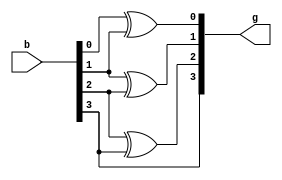
`timescale 1ns / 1ps

module binary_to_gray(b,g);
input [3:0] b; //b represented for binary code
output [3:0] g; //g represented for gray code

assign g[3] = b[3];
assign g[2] = b[2] ^ b[3];
assign g[1] = b[1] ^ b[2];
assign g[0] = b[0] ^ b[1];

endmodule